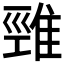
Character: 𨿋